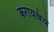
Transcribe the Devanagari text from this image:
करायचंय